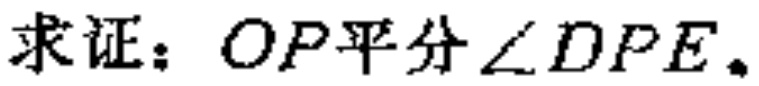
求证：$OP平分\angle DPE。$